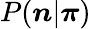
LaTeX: P({\boldsymbol n}|{\boldsymbol\pi})